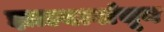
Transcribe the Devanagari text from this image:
झाल्यावांचून